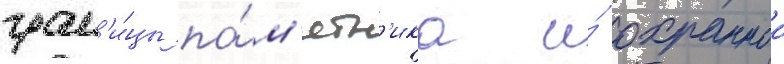
гран'и́цы па́м'ятн'ика и́ охраннои